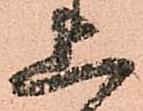
上